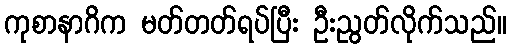
ကုစာနာဂိက မတ်တတ်ရပ်ပြီး ဦးညွတ်လိုက်သည်။